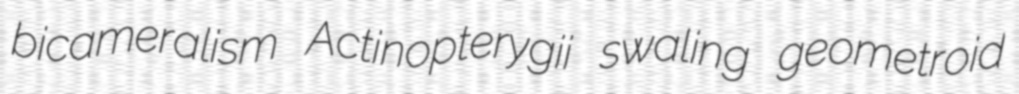
bicameralism Actinopterygii swaling geometroid